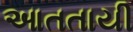
આતતાયી